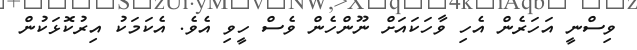
ވިސްނީ އަހަރެން އެހި ވާހަކައަށް ނޫންހެން ވެސް ހީވި އެވެ. އެކަމަކު އިރުކޮޅަކުން